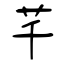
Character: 芊